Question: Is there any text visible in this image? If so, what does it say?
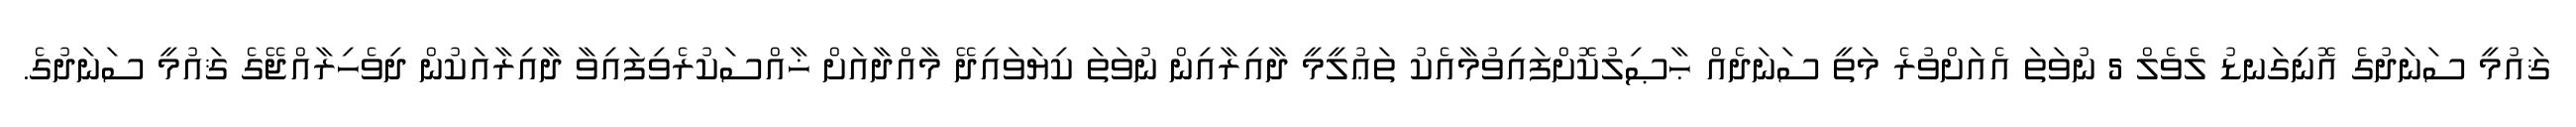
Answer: ޤައުމީ ސަނަދުގެ އޮނިގަނޑު ލެވެލް 5 ނުވަތަ އެއަށްވުރެ މަތީ ސަނަދެއް ޙާޞިލުކޮށްފައިވުމާއެކު ތަޢުލީމީ ދާއިރާއިން ނުވަތަ ކިޔަވައިދޭ މާއްދާއަށް ޚާއްސަކުރެވިފައިވާ ދާއިރާއަކުން ދިވެހިރާއްޖޭގެ ޤައުމީ ސަނަދުގެ.